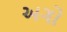
અગો